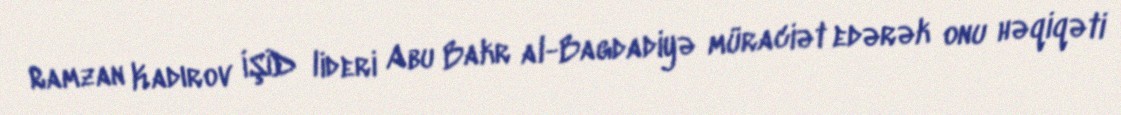
Ramzan Kadırov İŞİD lideri Abu Bakr al-Bagdadiyə müraciət edərək onu həqiqəti